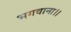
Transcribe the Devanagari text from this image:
भगवाना।।